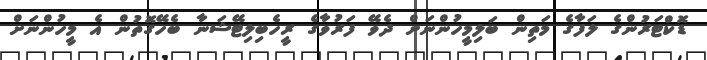
ޑޮކްޓަރުންގެ ލަފާގެ މަތިން ބަލިމީހުންނަށް ދެވޭ ފަރުވާގެ ރީހެބިލިޓޭޝަނާ ބެހޭގޮތުން އެ މީހުންނަށް